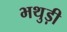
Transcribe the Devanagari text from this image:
भथुड़ी